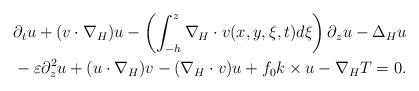
LaTeX: \begin{align*} &\partial_tu+(v\cdot\nabla_H)u-\left(\int_{-h}^z\nabla_H\cdot v(x,y,\xi,t)d\xi\right)\partial_zu-\Delta_Hu\\ & -\varepsilon\partial_z^2u+(u\cdot\nabla_H)v-(\nabla_H\cdot v)u+f_0k\times u-\nabla_HT=0. \end{align*}